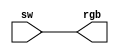
`timescale 1ns / 1ps

// Having fun with BASYS 3 FPGA board
// Control RGB led using 3 switches
// David J Marion

module RGB_controller(
    input [2:0] sw,
    output [2:0] rgb    //rgb[0] = red
    );                  //rgb[1] = green
                        //rgb[2] = blue
assign rgb = sw;
    
endmodule